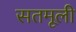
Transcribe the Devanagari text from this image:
सतमूली